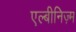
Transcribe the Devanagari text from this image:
एल्बीनिज़्म